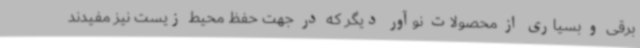
برقی و بسیاری از محصولات نوآور دیگر که در جهت حفظ محیط زیست نیز مفیدند